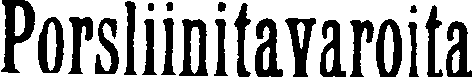
Porsliinitavaroita